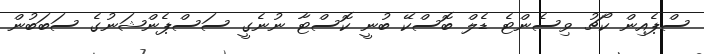
ސްޕެއިން ކޯޗު ވިސެންޓެ ޑެލް ބޮސްކޭ ބުނީ ކޮސްޓާ ނުނެގީ ސަސްޕެންޝަނުގެ ސަބަބުން